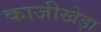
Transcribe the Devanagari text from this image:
काजीखेड़ा